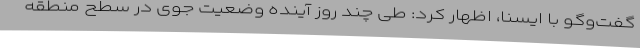
گفت‌وگو با ایسنا، اظهار کرد: طی چند روز آینده وضعیت جوی در سطح منطقه